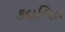
કદાચિત